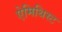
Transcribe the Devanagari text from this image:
ऐमिथिस्ट